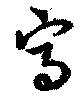
写